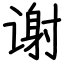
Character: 谢